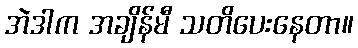
အဲဒါက အချိန်မီ သတိပေးနေတာ။